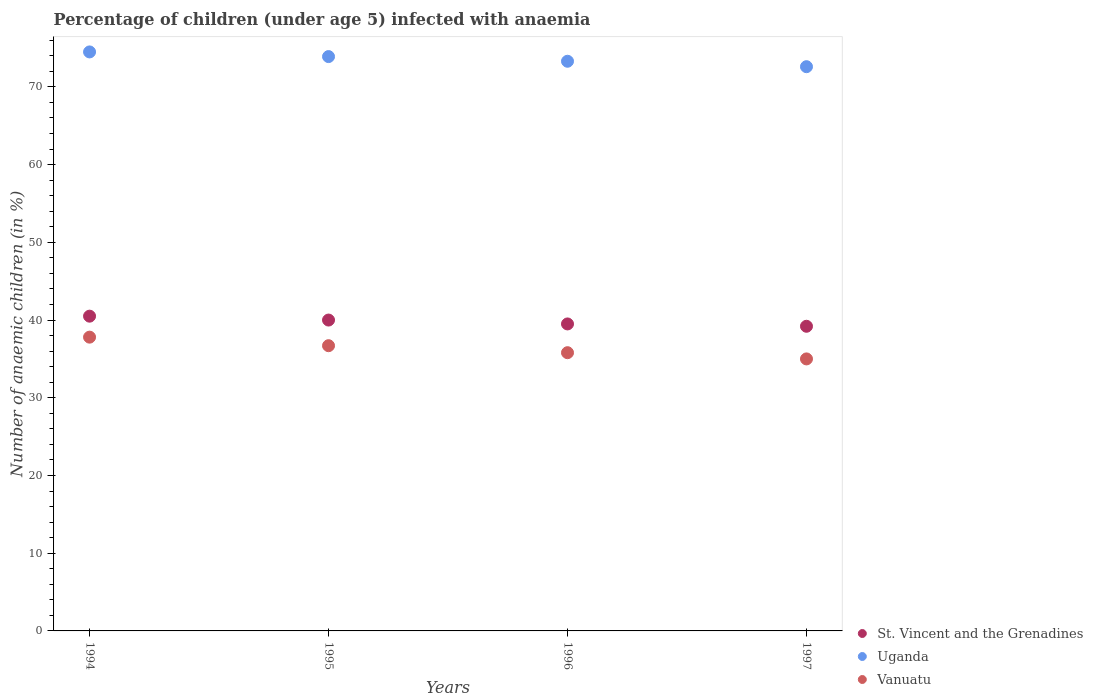
| Years | St. Vincent and the Grenadines | Uganda | Vanuatu |
 | --- | --- | --- | --- |
 | 1994 | 40.5 | 74.5 | 37.8 |
 | 1995 | 40 | 73.9 | 36.7 |
 | 1996 | 39.5 | 73.3 | 35.8 |
 | 1997 | 39.2 | 72.6 | 35 |